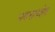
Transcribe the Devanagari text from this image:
भवनावशेष